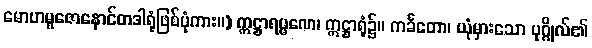
မောဟမူဇောနောင်တဒါရုံဖြစ်ပုံကား။) ဣဋ္ဌာရမ္မဏေ၊ ဣဋ္ဌာရုံ၌။ ကင်္ခတော၊ ယုံမှားသော ပုဂ္ဂိုလ်၏